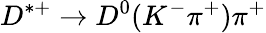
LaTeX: D^{*+}\to D^{0}(K^{-}\pi^{+})\pi^{+}